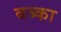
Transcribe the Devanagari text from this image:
बब्का